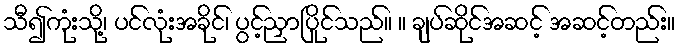
သီ၍ကုံးသို့၊ ပင်လုံးအခိုင်၊ ပွင့်ညှာပြိုင်သည်။ ။ ချပ်ဆိုင်အဆင့် အဆင့်တည်း။